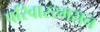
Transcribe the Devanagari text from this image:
परिवाररमसन